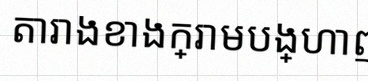
តារាងខាងក្រោមបង្ហាញពីទិន្នន័យ